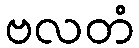
ဗလတံ